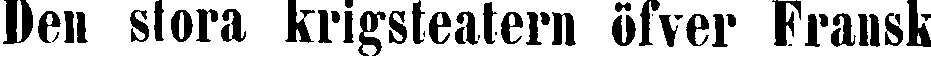
Den stora krigsteatern öfver Fransk